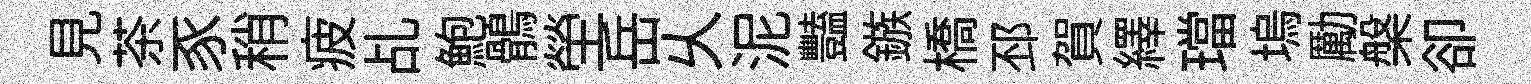
見茶豕稍疲乩鮑鶻塋岳乆泥豔鏃橋邳賀繹璫塢勵槃卻